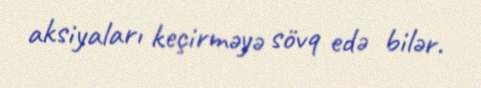
aksiyaları keçirməyə sövq edə bilər.